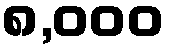
၈,၀၀၀